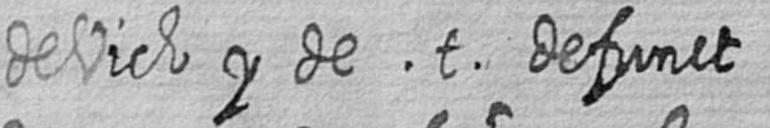
de Vich y de t defunct